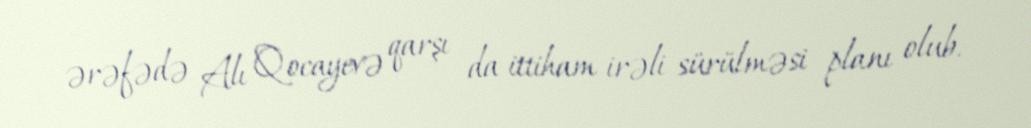
ərəfədə Alı Qocayevə qarşı da ittiham irəli sürülməsi planı olub.